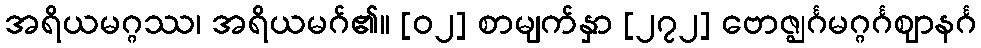
အရိယမဂ္ဂဿ၊ အရိယမဂ်၏။ [၀၂] စာမျက်နှာ [၂၇၂] ဗောဇ္ဈင်္ဂမဂ္ဂင်္ဂဈာနင်္ဂ